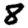
Digit: 8